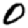
Digit: 0